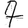
Digit: 7